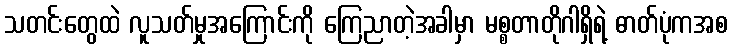
သတင်းတွေထဲ လူသတ်မှုအကြောင်းကို ကြေညာတဲ့အခါမှာ မစ္စတာတိုဂါရှိရဲ့ ဓာတ်ပုံကအစ